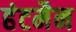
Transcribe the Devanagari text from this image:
हंटमैन